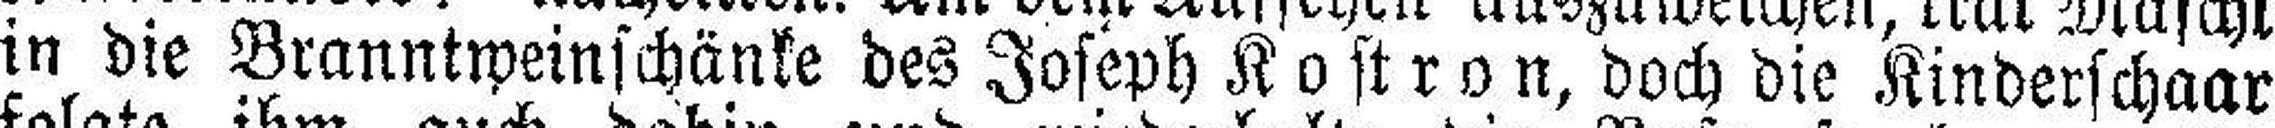
in die Branntweinschänke des Joseph Kostron, doch die Kinderschaar